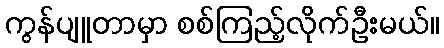
ကွန်ပျူတာမှာ စစ်ကြည့်လိုက်ဦးမယ်။